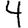
Digit: 4